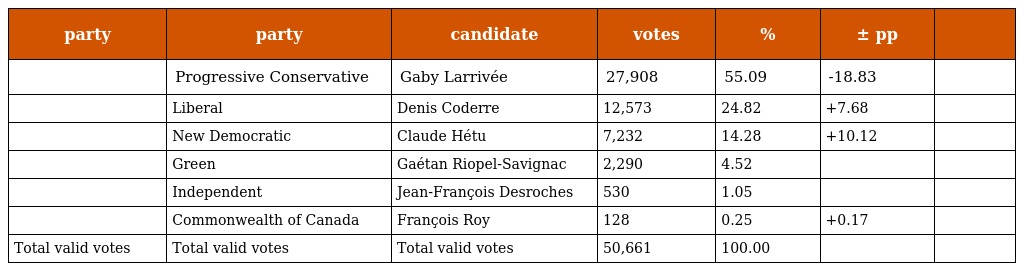
| party | party | candidate | votes | % | ± pp |  |
 | --- | --- | --- | --- | --- | --- | --- |
 |  | Progressive Conservative | Gaby Larrivée | 27,908 | 55.09 | -18.83 |  |
 |  | Liberal | Denis Coderre | 12,573 | 24.82 | +7.68 |  |
 |  | New Democratic | Claude Hétu | 7,232 | 14.28 | +10.12 |  |
 |  | Green | Gaétan Riopel-Savignac | 2,290 | 4.52 |  |  |
 |  | Independent | Jean-François Desroches | 530 | 1.05 |  |  |
 |  | Commonwealth of Canada | François Roy | 128 | 0.25 | +0.17 |  |
 | Total valid votes | Total valid votes | Total valid votes | 50,661 | 100.00 |  |  |